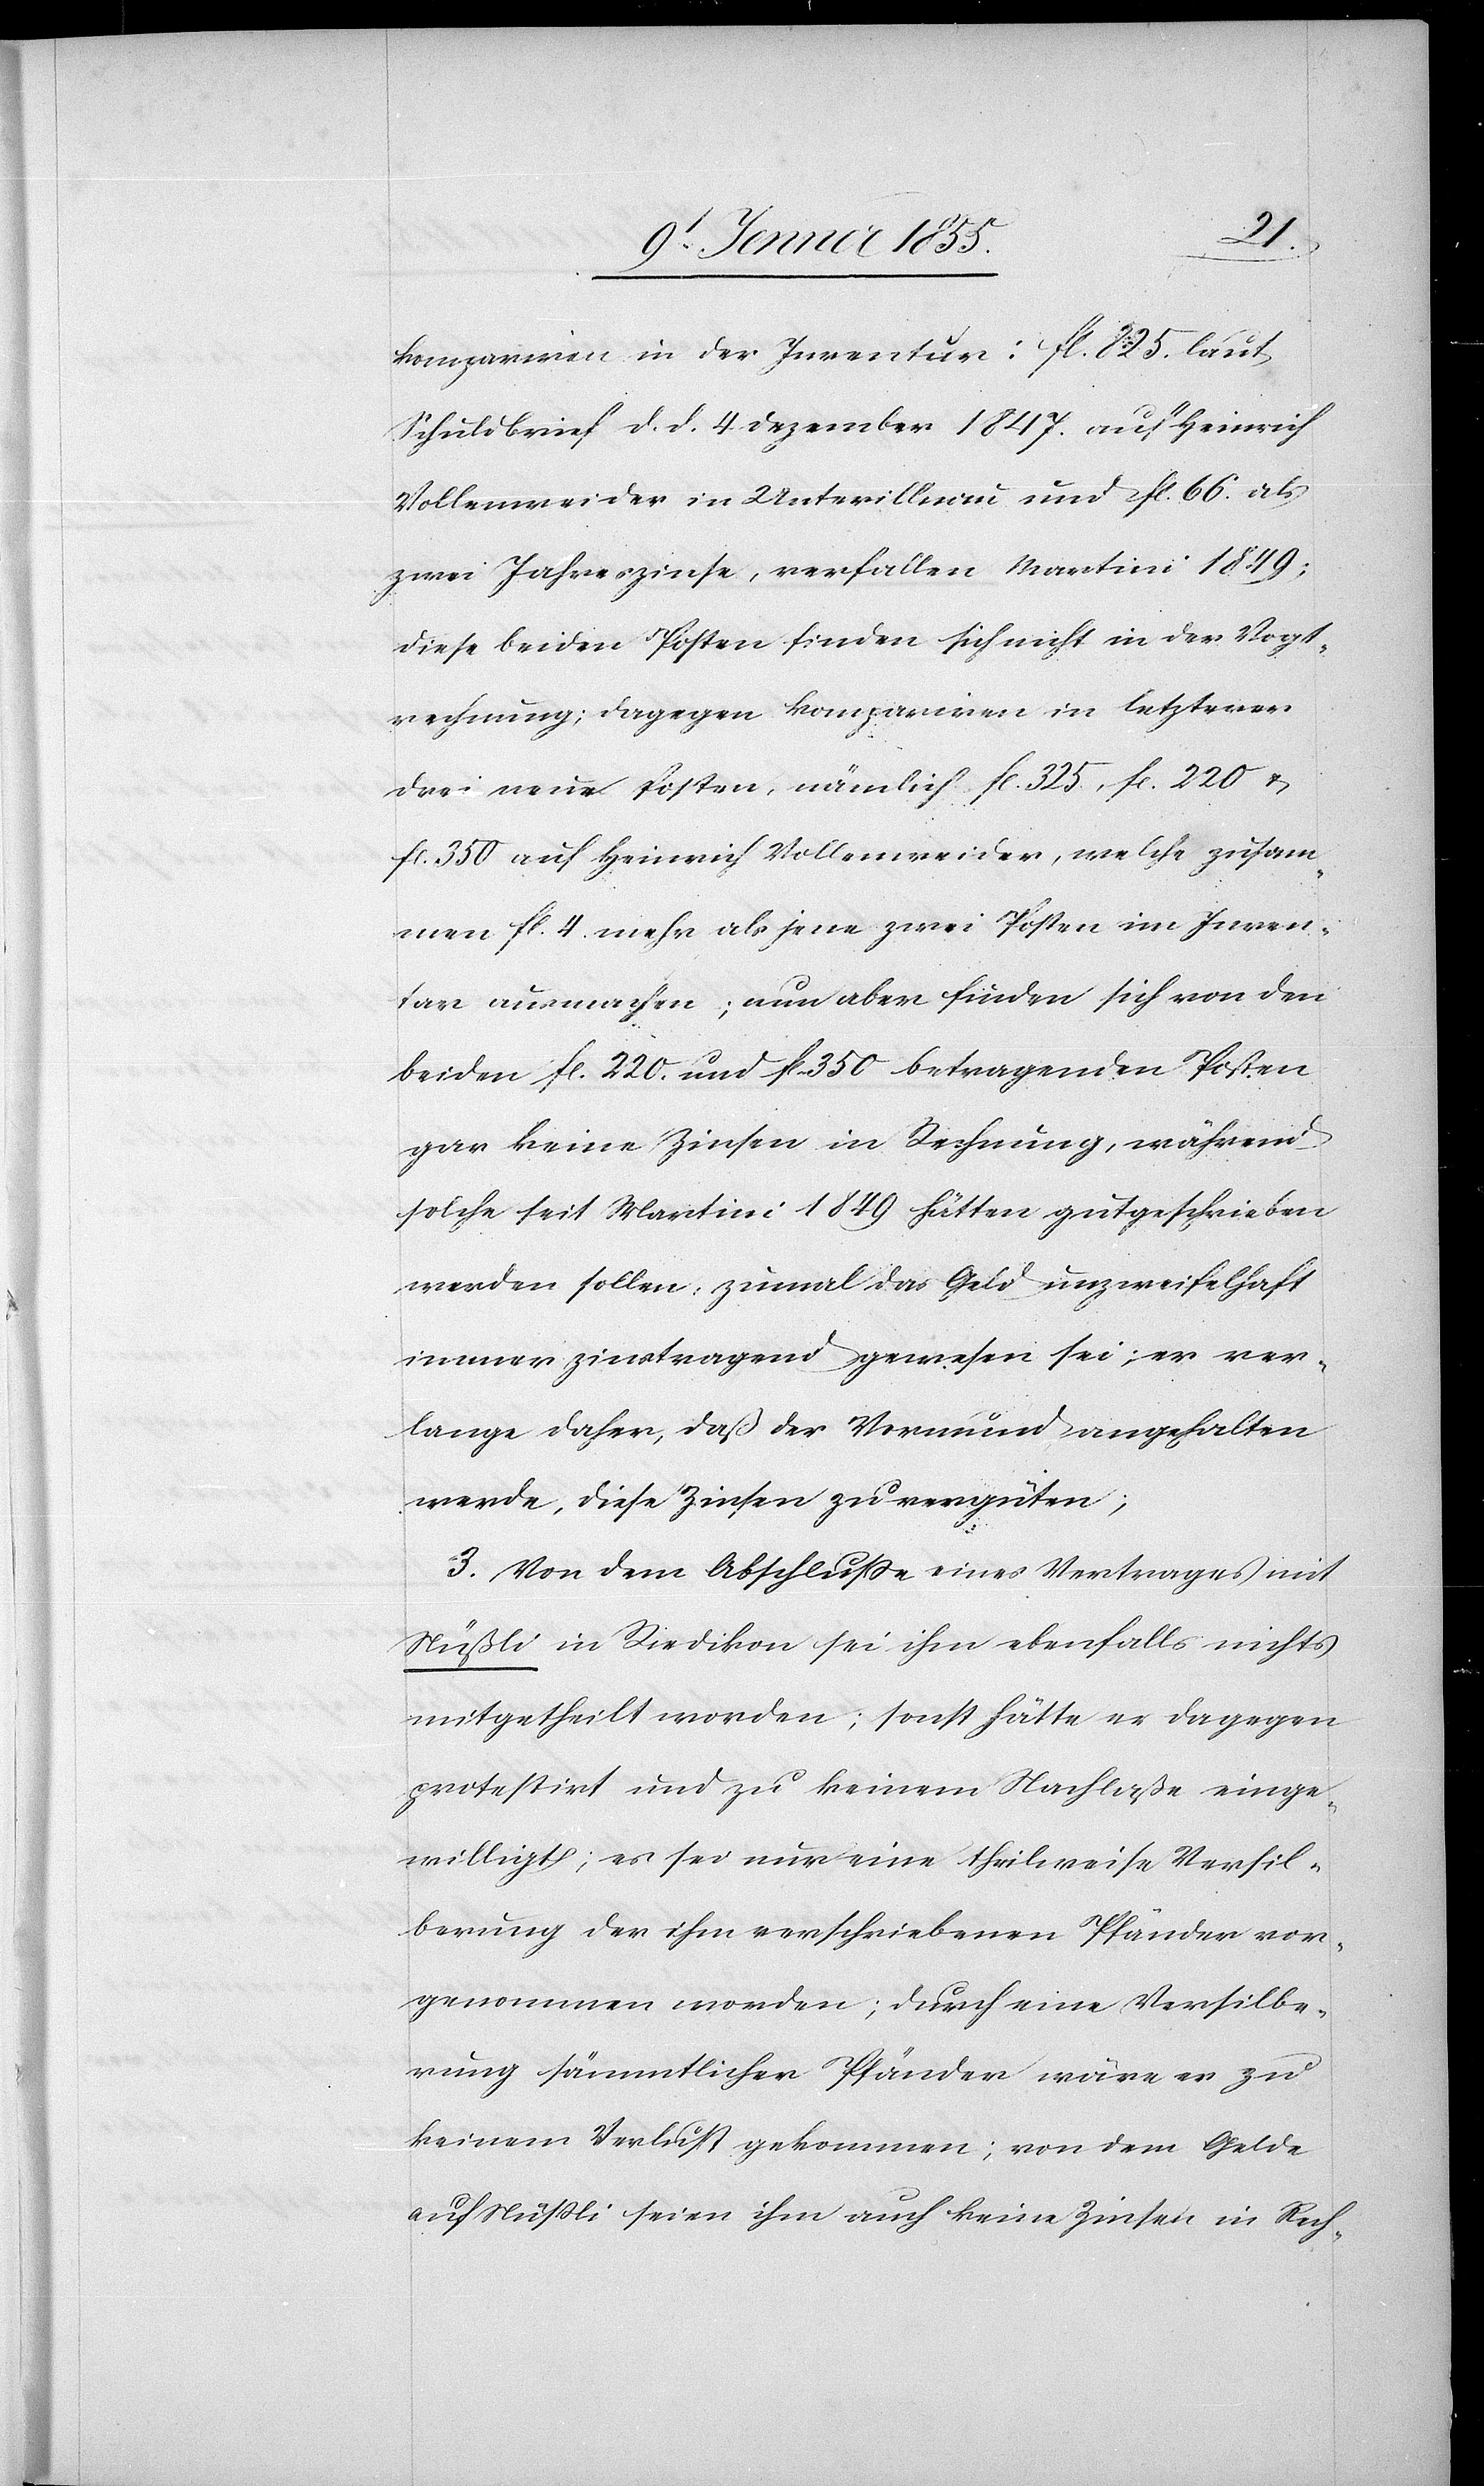
kompariren in der Inventur: fl. 825. laut
Schuldbrief d. d. 4. Dezember 1847. auf Heinrich
Vollenweider in Unterillnau und fl. 66. als
zwei Jahreszinse, verfallen Martini 1849;
diese beiden Posten finden sich nicht in der Vogt¬
rechnung; dagegen kompariren in letzterer
drei neue Posten, nämlich fl. 325., fl. 220 &
fl. 350 auf Heinrich Vollenweider, welche zusam¬
men fl. 4. mehr als jene zwei Posten im Inven¬
tar ausmachen; nun aber finden sich von den
beiden fl. 220. und fl. 350 betragenden Posten
gar keine Zinsen in Rechnung, während
solche seit Martini 1849 hätten gutgeschrieben
werden sollen, zumal das Geld unzweifelhaft
immer zinstragend gewesen sei; er ver¬
lange daher, daß der Vormund angehalten
werde, diese Zinsen zu vergüten;
3. Von dem Abschlusse eines Vertrages mit
Nüßli in Riedikon sei ihm ebenfalls nichts
mitgetheilt worden; sonst hätte er dagegen
protestirt und zu keinem Nachlaße einge¬
willigt; es sei nur eine theilweise Versil¬
berung der ihm verschriebenen Pfänder vor¬
genommen worden; durch eine Versilbe¬
rung sämmtlicher Pfänder wäre es zu
keinem Verlust gekommen; von dem Gelde
auf Nüssli seien ihm auch keine Zinsen in Rech-